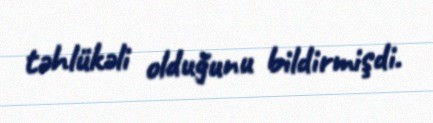
təhlükəli olduğunu bildirmişdi.